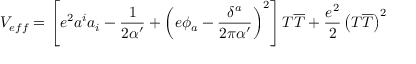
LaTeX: V _ { e f f } = \left[ e ^ { 2 } a ^ { i } a _ { i } - \frac { 1 } { 2 \alpha ^ { \prime } } + \left( e \phi _ { a } - \frac { \delta ^ { a } } { 2 \pi \alpha ^ { \prime } } \right) ^ { 2 } \right] T \overline { { { T } } } + \frac { e ^ { 2 } } { 2 } \left( T \overline { { { T } } } \right) ^ { 2 }